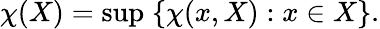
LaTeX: \chi(X)=\operatorname*{sup}\; \{ \chi(x,X):x\in X\} .